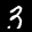
Label: 3